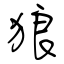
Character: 狼